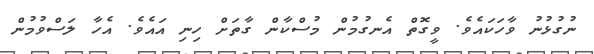
ނުގުޅުނު ވާހަކައެވެ. ވީގޮތް އެނގުމުން މުސްކާން ގާތަށް ހިނި އައެވެ. އެހާ ލަސްވުމުން